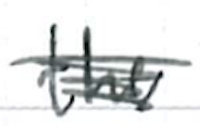
Text: the
Cross-out: mix
Writing tool: ballpoint